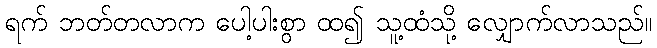
ရက် ဘတ်တလာက ပေါ့ပါးစွာ ထ၍ သူ့ထံသို့ လျှောက်လာသည်။